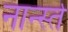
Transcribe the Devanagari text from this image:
नार्न्स्त